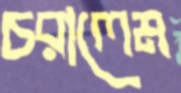
চরালেম